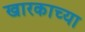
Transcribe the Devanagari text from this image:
खारकाच्या